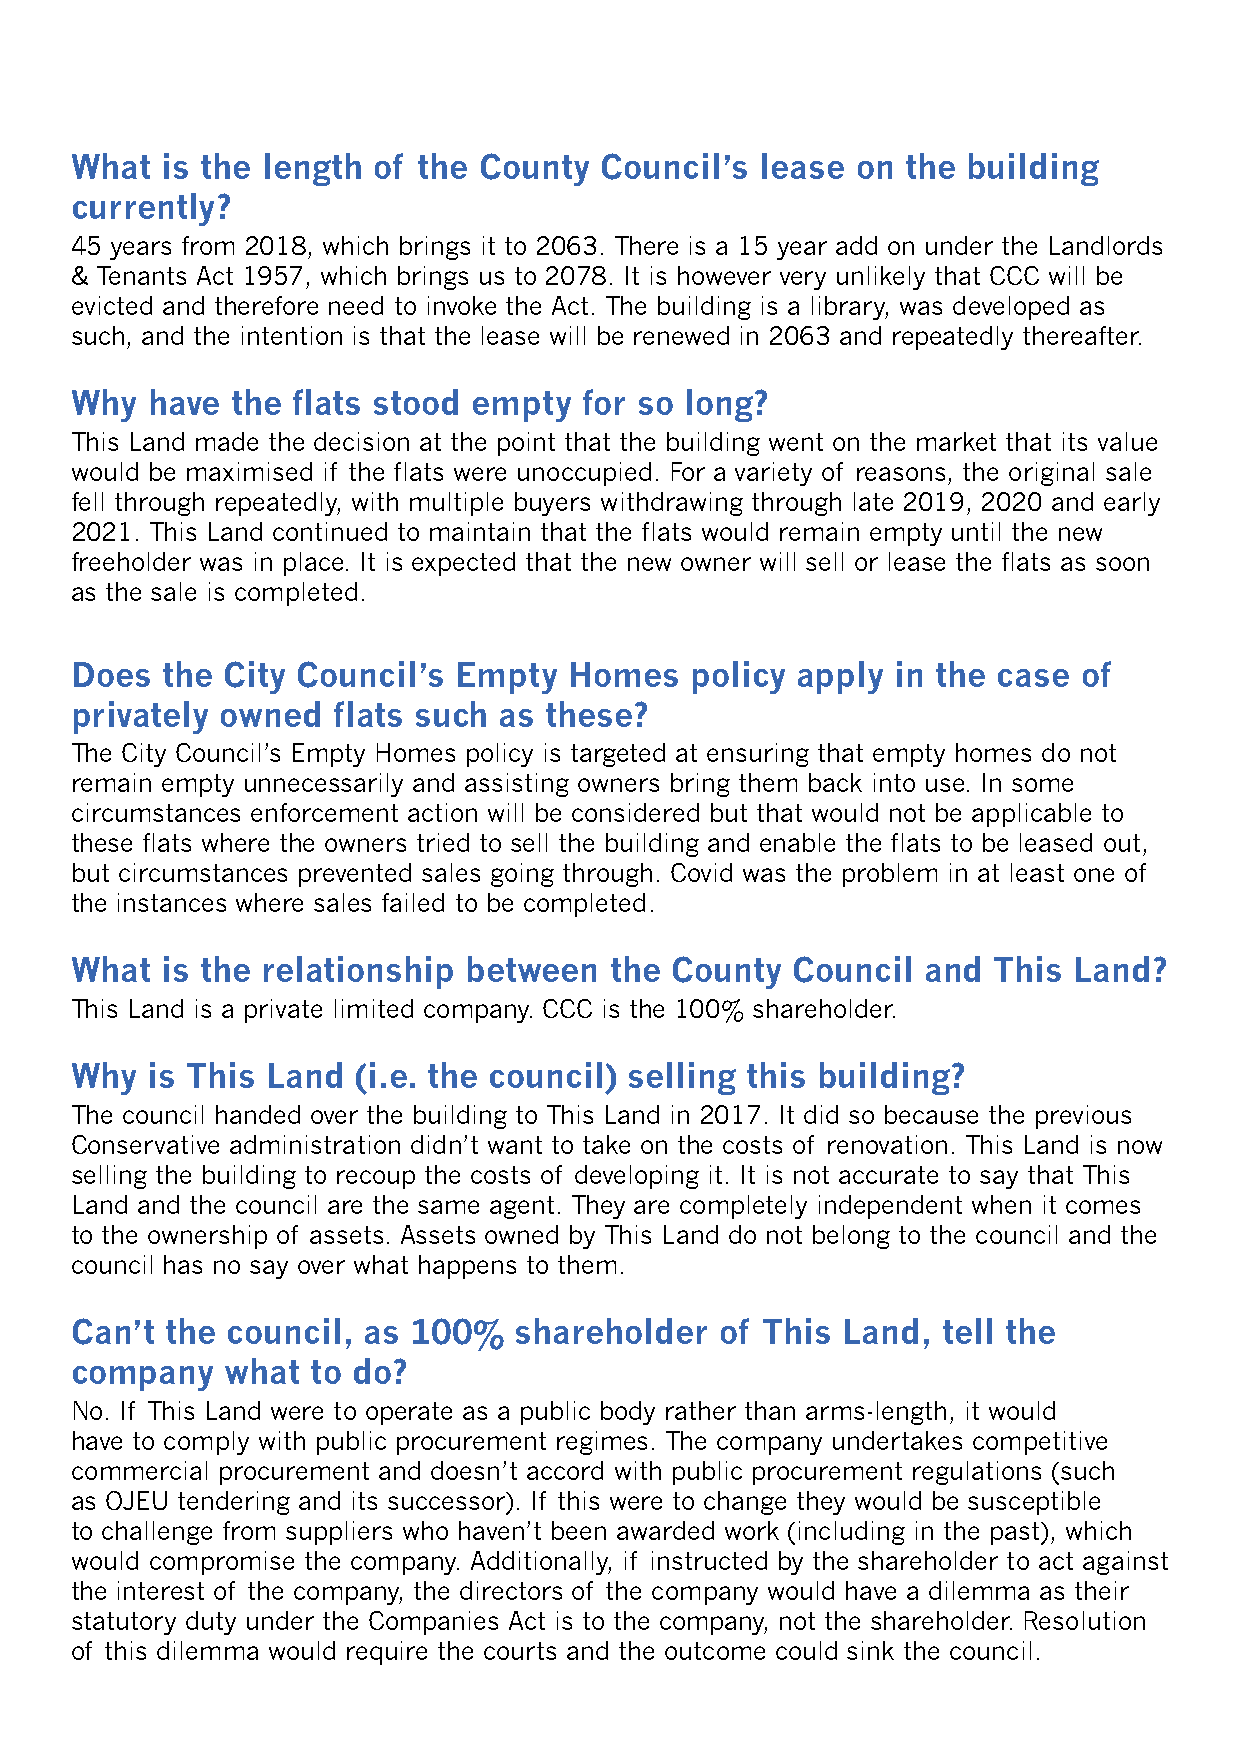
What  is the length of the County  Council’s lease  on the building
 currently?
 45 years from 2018, which brings it to 2063. There is a 15 year add on under the Landlords
 & Tenants Act 1957, which brings us to 2078. It is however very unlikely that CCC will be
 evicted and therefore need to invoke the Act. The building is a library, was developed as
 such, and the intention is that the lease will be renewed in 2063 and repeatedly thereafter.
 Why  have the flats stood empty   for so long?
 This Land made the decision at the point that the building went on the market that its value
 would be maximised if the flats were unoccupied. For a variety of reasons, the original sale
 fell through repeatedly, with multiple buyers withdrawing through late 2019, 2020 and early
 2021. This Land continued to maintain that the flats would remain empty until the new
 freeholder was in place. It is expected that the new owner will sell or lease the flats as soon
 as the sale is completed.
 Does  the City Council’s Empty   Homes   policy apply in the case  of
 privately owned  flats such as these?
 The City Council’s Empty Homes policy is targeted at ensuring that empty homes do not
 remain empty unnecessarily and assisting owners bring them back into use. In some
 circumstances enforcement action will be considered but that would not be applicable to
 these flats where the owners tried to sell the building and enable the flats to be leased out,
 but circumstances prevented sales going through. Covid was the problem in at least one of
 the instances where sales failed to be completed.
 What  is the relationship between  the County  Council  and  This Land?
 This Land is a private limited company. CCC is the 100% shareholder.
 Why  is This Land  (i.e. the council) selling this building?
 The council handed over the building to This Land in 2017. It did so because the previous
 Conservative administration didn’t want to take on the costs of renovation. This Land is now
 selling the building to recoup the costs of developing it. It is not accurate to say that This
 Land and the council are the same agent. They are completely independent when it comes
 to the ownership of assets. Assets owned by This Land do not belong to the council and the
 council has no say over what happens to them.
 Can’t the council, as 100%   shareholder   of This Land, tell the
 company   what  to do?
 No. If This Land were to operate as a public body rather than arms-length, it would
 have to comply with public procurement regimes. The company undertakes competitive
 commercial procurement and doesn’t accord with public procurement regulations (such
 as OJEU tendering and its successor). If this were to change they would be susceptible
 to challenge from suppliers who haven’t been awarded work (including in the past), which
 would compromise the company. Additionally, if instructed by the shareholder to act against
 the interest of the company, the directors of the company would have a dilemma as their
 statutory duty under the Companies Act is to the company, not the shareholder. Resolution
 of this dilemma would require the courts and the outcome could sink the council.